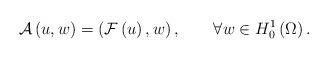
LaTeX: \begin{align*}\mathcal{A}\left( u,w\right) =\left( \mathcal{F}\left( u\right),w\right) ,\quad\quad\forall w\in H_{0}^{1}\left( \Omega\right).\end{align*}